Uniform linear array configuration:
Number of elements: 24
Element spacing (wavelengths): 0.5
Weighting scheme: exponential
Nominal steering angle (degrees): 30
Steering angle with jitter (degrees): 30.086
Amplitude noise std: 0.05
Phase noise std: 0.05

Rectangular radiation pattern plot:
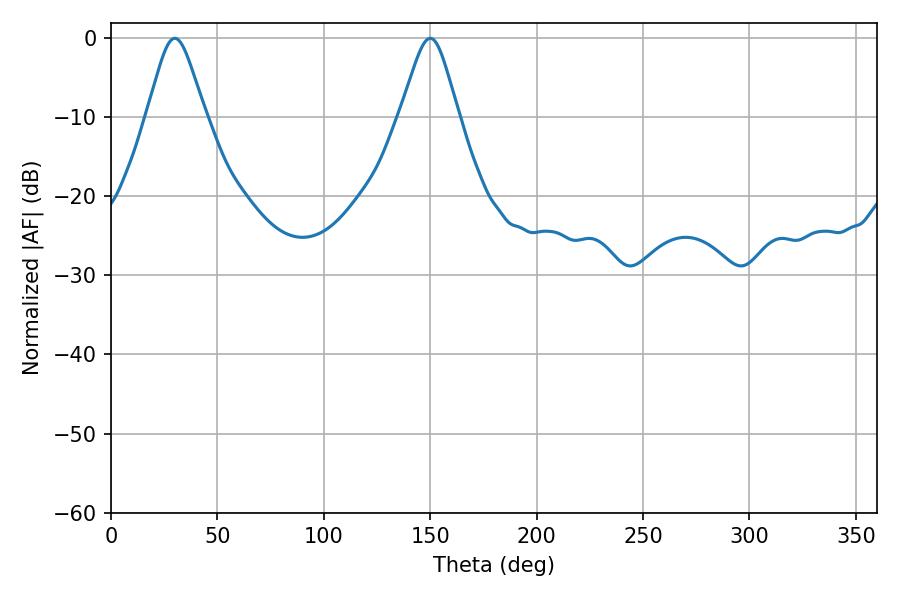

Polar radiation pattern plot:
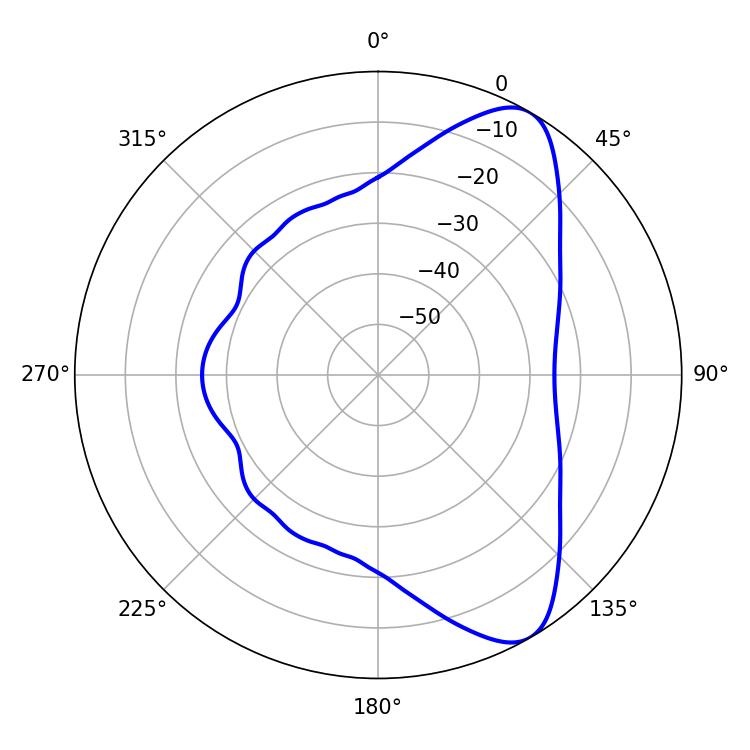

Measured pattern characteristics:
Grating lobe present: FALSE
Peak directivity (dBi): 8.514
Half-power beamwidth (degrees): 13.14
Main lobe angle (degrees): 30.06